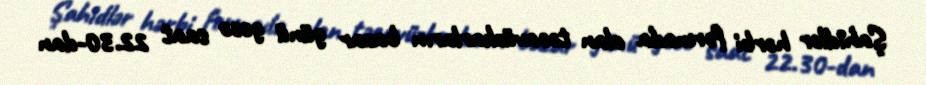
Şahidlər hərbi formada olan təcavüzkarların bazar günü gecə saat 22.30-dan